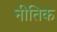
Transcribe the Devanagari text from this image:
नीतिक